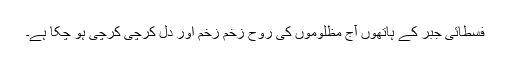
فسطائی جبر کے ہاتھوں آج مظلوموں کی روح زخم زخم اور دل کرچی کرچی ہو چکا ہے۔